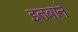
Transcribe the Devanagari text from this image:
इतबाने